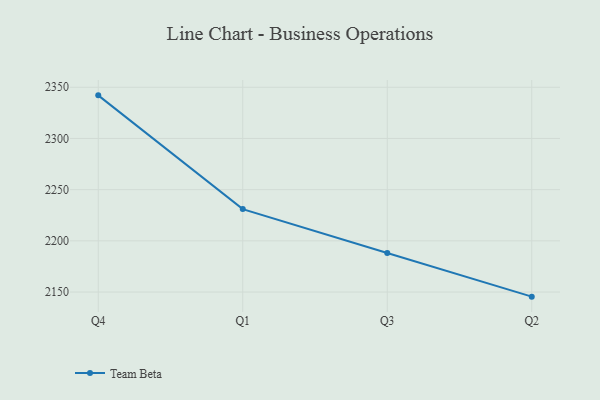
{"axis": {"x": "Quarter", "y": "Active Users"}, "legend": ["Team Beta"], "data": [{"x": "Q4", "y": 2342.1, "type": "Team Beta"}, {"x": "Q1", "y": 2231.0, "type": "Team Beta"}, {"x": "Q3", "y": 2188.2, "type": "Team Beta"}, {"x": "Q2", "y": 2145.5, "type": "Team Beta"}]}